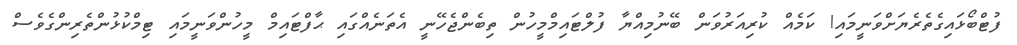
ފުޓްބޯޅައިގެތެރެޔަށްވަނީމައި! ކަމެއް ކުރިއަރުވަން ބޭނުމިއްޔާ ފުލްޓައިމްމީހުން ތިބެންޖެހޭނީ އެތަނެއްގައި ޙާފްޓައިމް މީހުންވަނީމައި ޓިމްކުޅުންތެރިންގެވެސް